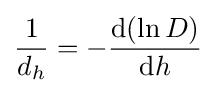
{\frac {1}{d_{h}}}=-{\frac {\mathrm {d} (\ln D)}{\mathrm {d} h}}